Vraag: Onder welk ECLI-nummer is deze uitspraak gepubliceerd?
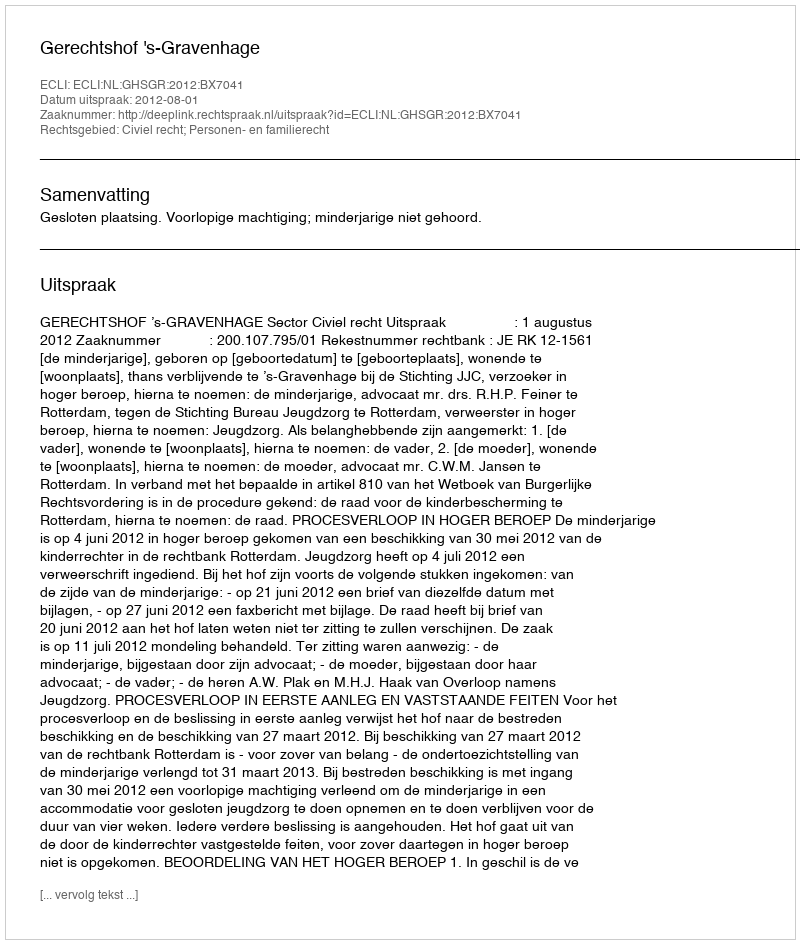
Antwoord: ECLI:NL:GHSGR:2012:BX7041